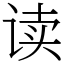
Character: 读